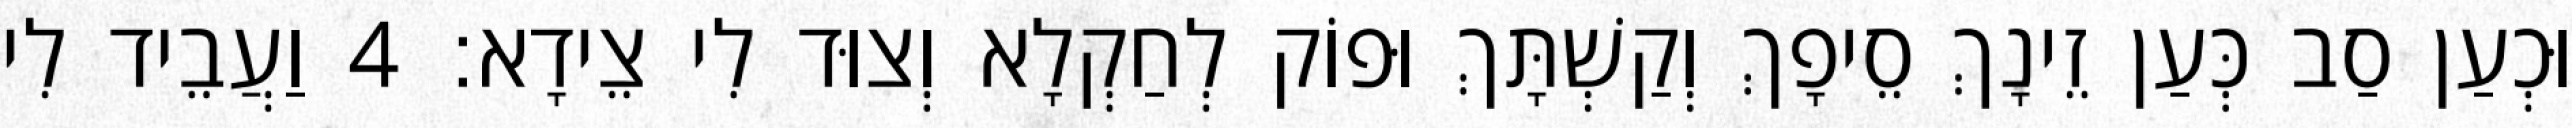
וּכְעַן סַב כְּעַן זֵינָךְ סֵיפָךְ וְקַשְׁתָּךְ וּפוֹק לְחַקְלָא וְצוּד לִי צֵידָא׃ 4 וַעֲבֵיד לִי